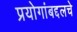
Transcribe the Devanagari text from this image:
प्रयोगांबद्दलचे